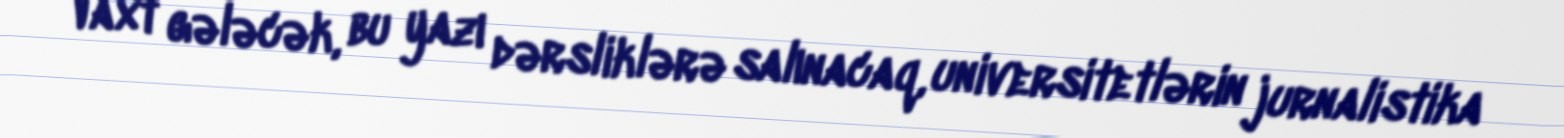
Vaxt gələcək, bu yazı dərsliklərə salınacaq, universitetlərin jurnalistika